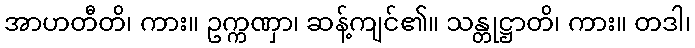
အာဟတီတိ၊ ကား။ ဥက္ကဏှာ၊ ဆန့်ကျင်၏။ သန္တုဋ္ဌာတိ၊ ကား။ တဒါ၊